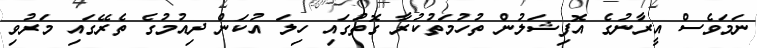
ނަމަވެސް އީރާނުގެ އޮފިޝަލުން ތުހުމަތުކުރާ ގޮތުގައި ހިލަ އުކަން ދިއުމުގެ ތެރޭގައި މަރުވި